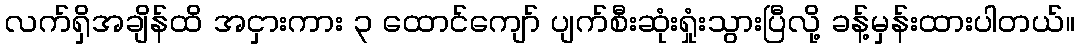
လက်ရှိအချိန်ထိ အငှားကား ၃ ထောင်ကျော် ပျက်စီးဆုံးရှုံးသွားပြီလို့ ခန့်မှန်းထားပါတယ်။